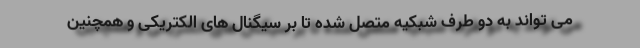
می تواند به دو طرف شبکیه متصل شده تا بر سیگنال های الکتریکی و همچنین